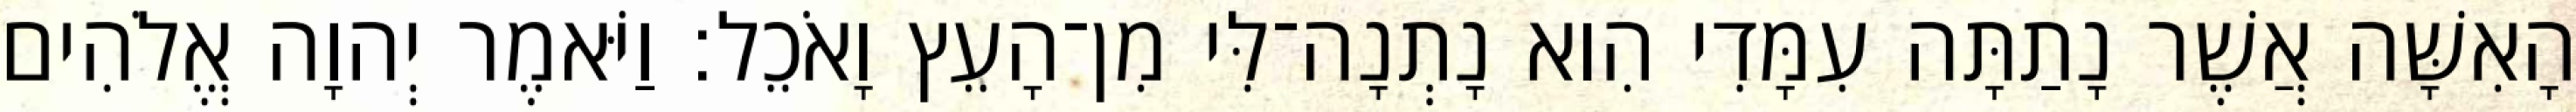
הָאִשָּׁה אֲשֶׁר נָתַתָּה עִמָּדִי הִוא נָתְנָה־לִּי מִן־הָעֵץ וָאֹכֵל׃ וַיֹּאמֶר יְהוָה אֱלֹהִים